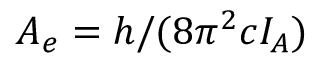
A _ { e } = h / ( 8 \pi ^ { 2 } c I _ { A } )